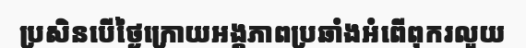
ប្រសិនបើថ្ងៃក្រោយអង្គភាពប្រឆាំងអំពើពុករលួយ